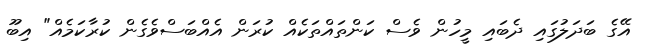
އޭގެ ބަދަލުގައި ދެބައި މީހުން ވެސް ކަންތައްތަކެއް ކުރަން އެއްބަސްވެގެން ކުރާކަމެއް" އިބޫ